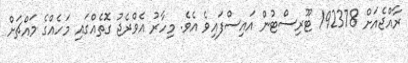
ރާއްޖެއަށް 192378 ޓޫރިސްޓުން އައިސްފައިވެ އެވެ. މިހާރު އެވްރެޖު ގޮތެއްގައި މަހެއްގެ މައްޗަށް